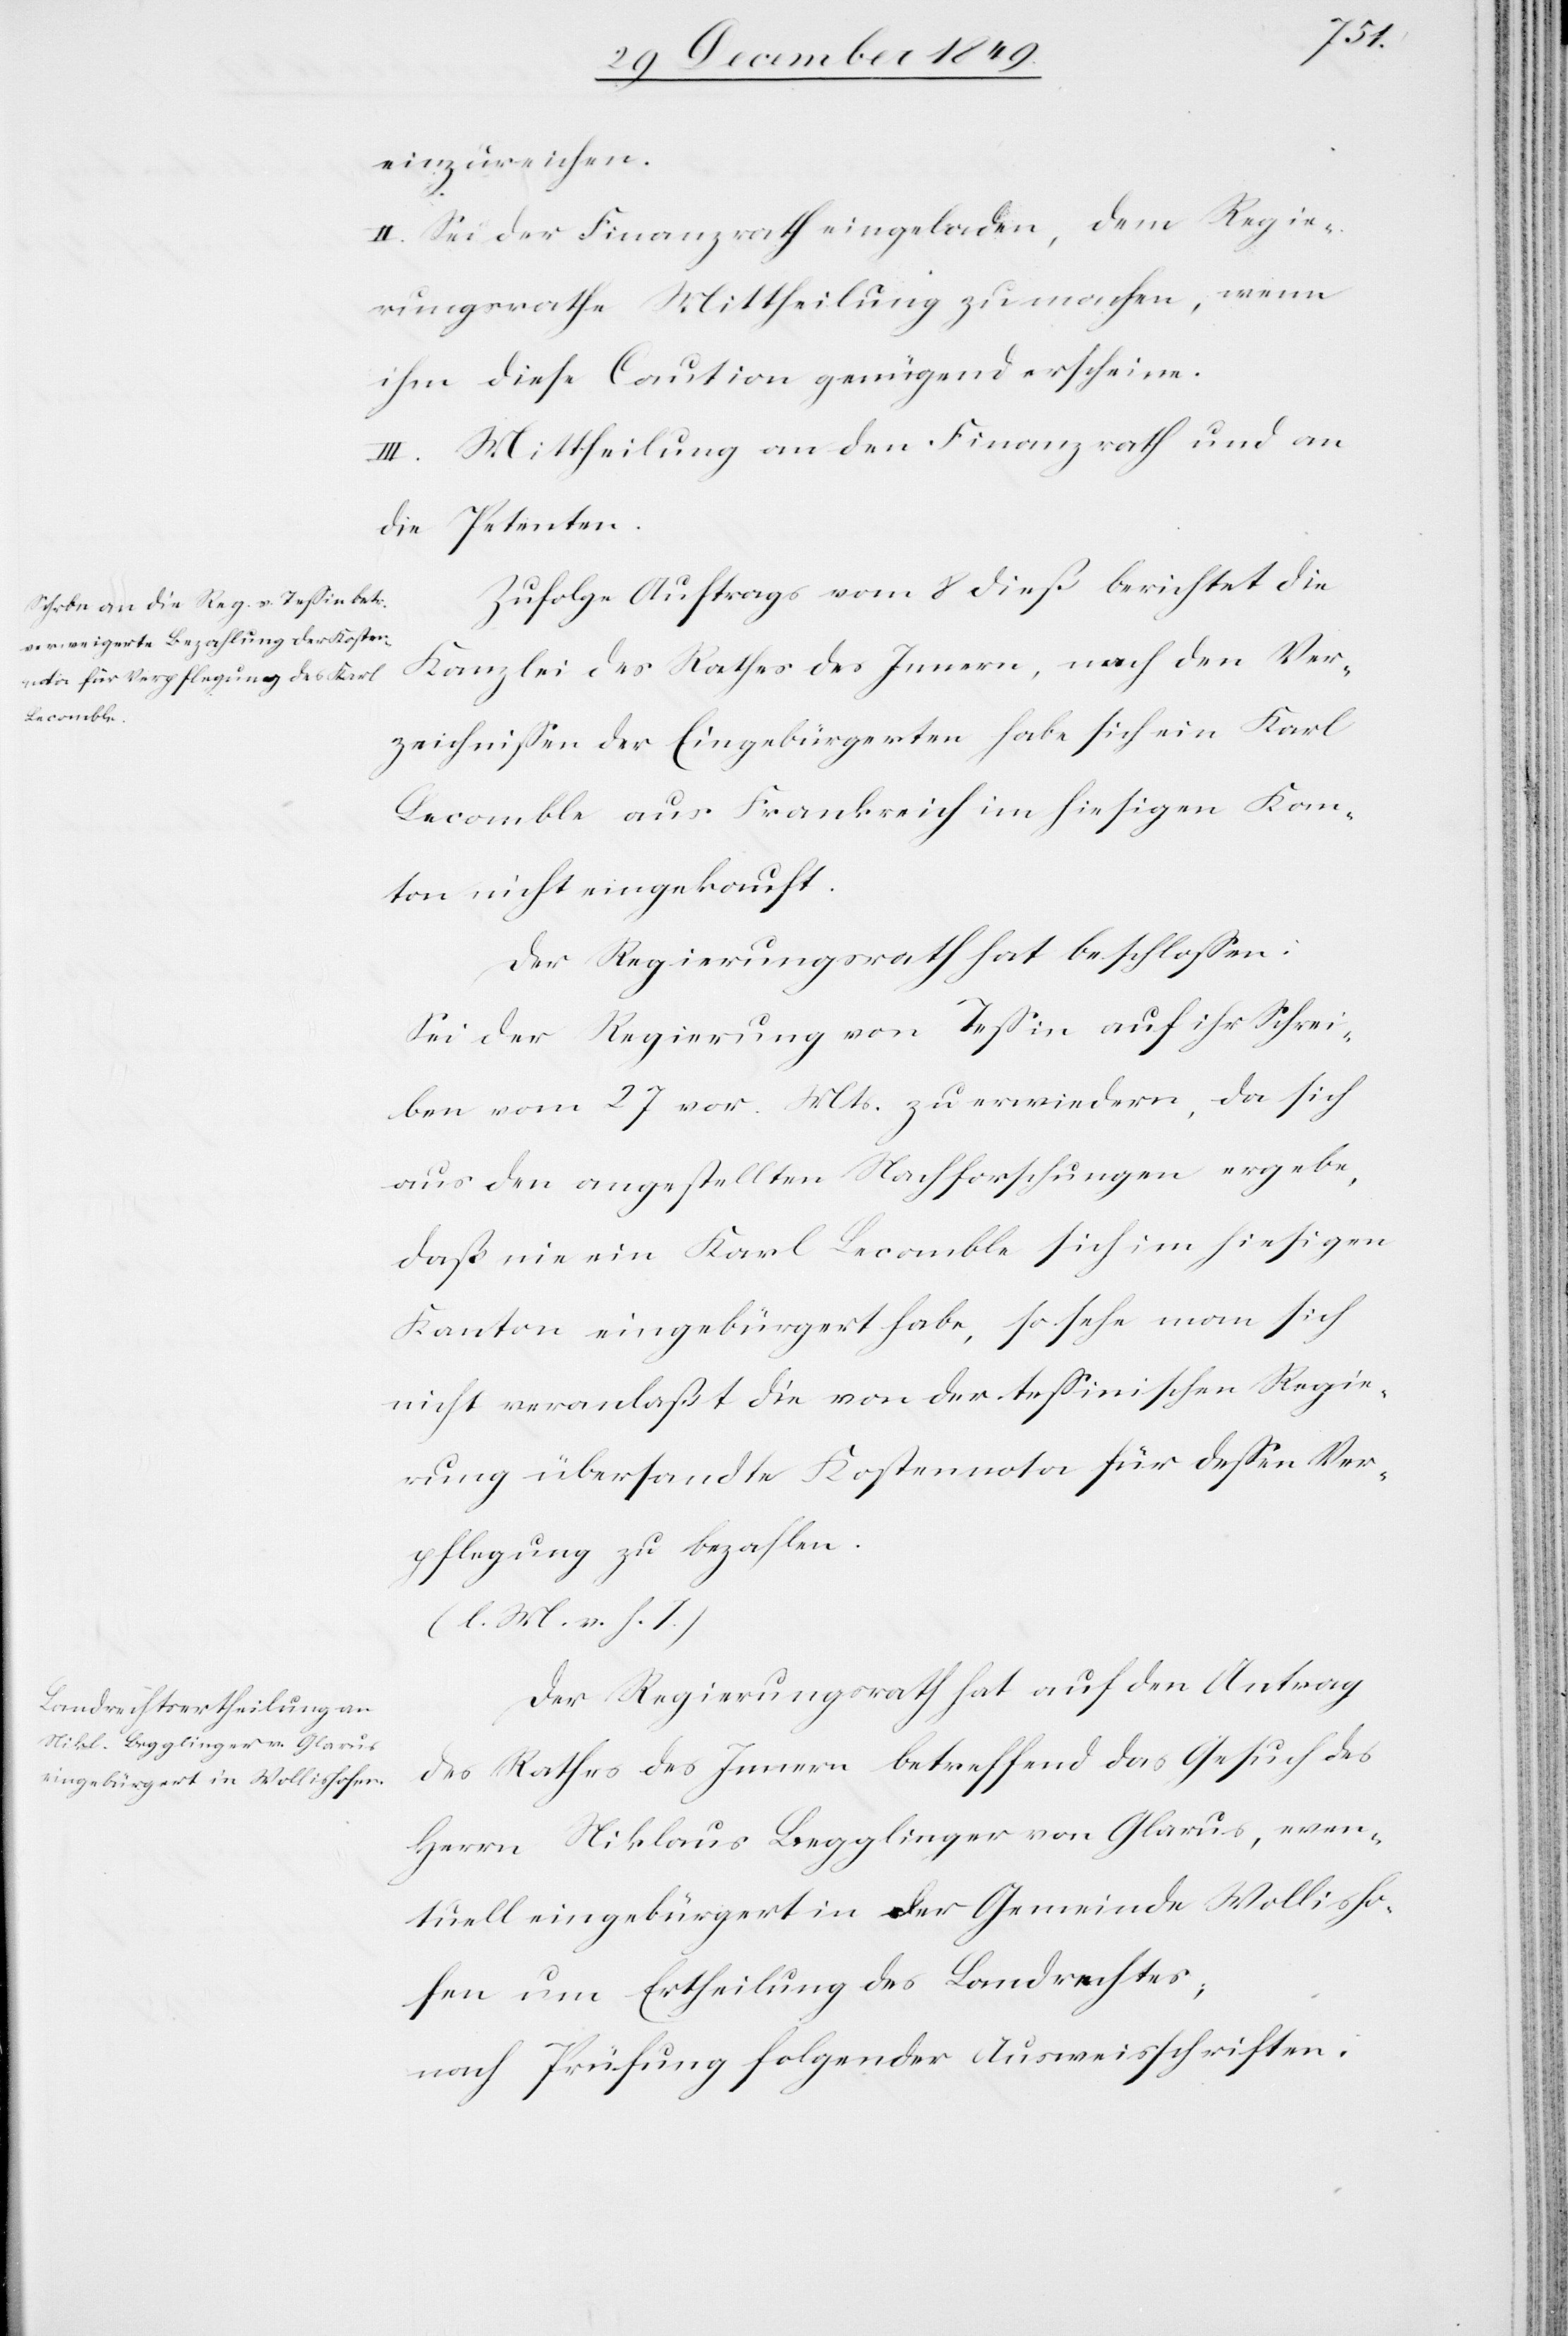
einzureichen.
II. Sei der Finanzrath eingeladen, dem Regie¬
rungsrathe Mittheilung zu machen, wenn
ihm diese Caution genügend erscheine.
III. Mittheilung an den Finanzrath und an
die Petenten.
Zufolge Auftrags vom 8 dieß berichtet die
Kanzlei des Rathes des Innern, nach den Ver¬
zeichnißen der Eingebürgerten habe sich ein Karl
Lecomble aus Frankreich im hiesigen Kan¬
ton nicht eingekauft.
Der Regierungsrath hat beschloßen:
Sei der Regierung von Teßin auf ihr Schrei¬
ben vom 27 vor. Mts. zu erwiedern, da sich
aus den angestellten Nachforschungen ergebe,
daß nie ein Karl Lecomble sich im hiesigen
Kanton eingebürgert habe, so sehe man sich
nicht veranlaßt die von der teßinischen Regie¬
rung übersandte Kostennota für deßen Ver¬
pflegung zu bezahlen.
[l. M. v. h. T]
Der Regierungsrath hat auf den Antrag
des Rathes des Innern betreffend das Gesuch des
Herrn Niklaus Begglinger von Glarus, even¬
tuell eingebürgert in der Gemeinde Wollisho¬
fen um Ertheilung des Landrechtes;
nach Prüfung folgender Ausweisschriften: